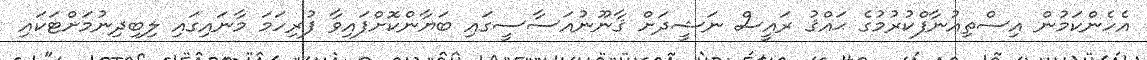
އެހެންކަމުން އިސްތިއުނާފްކުރުމުގެ ޙައްޤު ރައީސް ނަޝީދަށް ޤާނޫނުއަސާސީގައި ބަޔާންކޮށްފައިވާ ފުރިހަމަ މާނައިގައި ލިބިދިނުމަށްޓަކައި